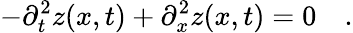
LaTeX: -\partial_{t}^{2}z(x,t)+\partial_{x}^{2}z(x,t)=0\quad.